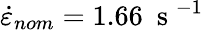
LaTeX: \dot{\varepsilon}_{nom}=1.66~\mathrm{~s~}^{-1}